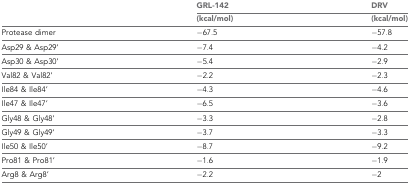
<table><thead><tr><td rowspan="2"></td><td><b>GRL-142</b></td><td><b>DRV</b></td></tr><tr><td><b>(kcal/mol)</b></td><td><b>(kcal/mol)</b></td></tr></thead><tbody><tr><td>Protease dimer</td><td>−67.5</td><td>−57.8</td></tr><tr><td>Asp29 &amp; Asp29’</td><td>−7.4</td><td>−4.2</td></tr><tr><td>Asp30 &amp; Asp30’</td><td>−5.4</td><td>−2.9</td></tr><tr><td>Val82 &amp; Val82’</td><td>−2.2</td><td>−2.3</td></tr><tr><td>Ile84 &amp; Ile84’</td><td>−4.3</td><td>−4.6</td></tr><tr><td>Ile47 &amp; Ile47’</td><td>−6.5</td><td>−3.6</td></tr><tr><td>Gly48 &amp; Gly48’</td><td>−3.3</td><td>−2.8</td></tr><tr><td>Gly49 &amp; Gly49’</td><td>−3.7</td><td>−3.3</td></tr><tr><td>Ile50 &amp; Ile50’</td><td>−8.7</td><td>−9.2</td></tr><tr><td>Pro81 &amp; Pro81’</td><td>−1.6</td><td>−1.9</td></tr><tr><td>Arg8 &amp; Arg8’</td><td>−2.2</td><td>−2</td></tr></tbody></table>